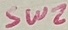
Text: SW2